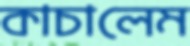
কাচালেম